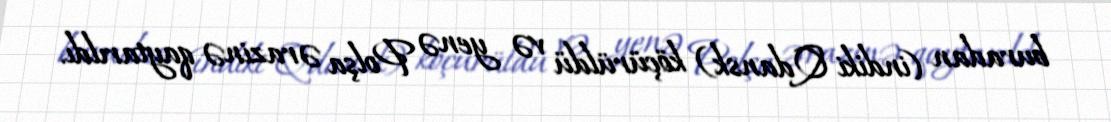
buradan (indiki Qdansk) köçürüldü və yenə Polşa ərazinə qaytarıldı.